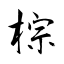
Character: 棕